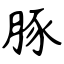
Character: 豚